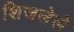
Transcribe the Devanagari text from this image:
शिजलेले